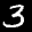
Label: 3